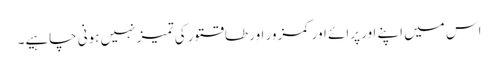
اس میں اپنے اور پرائے اور کمزور اور طاقتور کی تمیز نہیں ہونی چاہیے۔